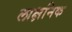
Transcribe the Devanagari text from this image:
लाक्षनिक